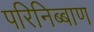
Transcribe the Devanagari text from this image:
परिनिब्बाण